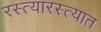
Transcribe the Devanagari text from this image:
रस्त्यारस्त्यात